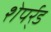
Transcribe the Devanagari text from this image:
शेपर्र्ड